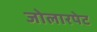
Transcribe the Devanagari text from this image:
जोलारपेट